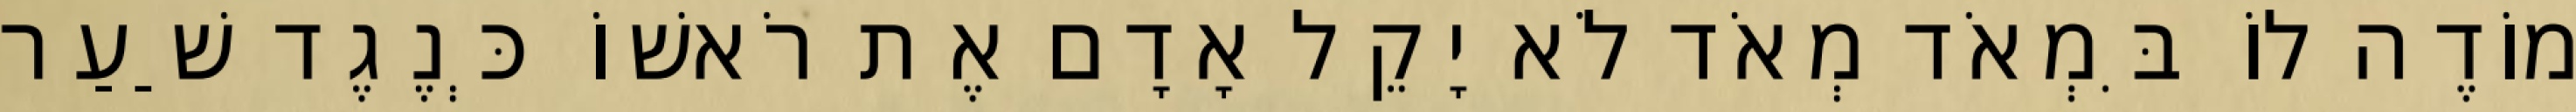
מוֹדֶה לוֹ בִּמְאֹד מְאֹד לֹא יָקֵל אָדָם אֶת רֹאשׁוֹ כְּנֶגֶד שַׁעַר